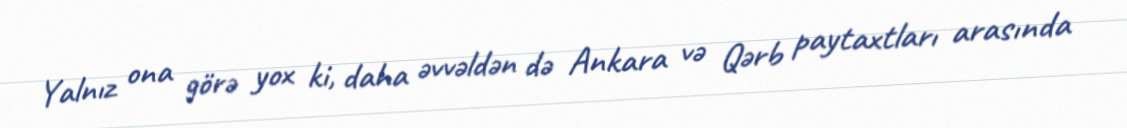
Yalnız ona görə yox ki, daha əvvəldən də Ankara və Qərb paytaxtları arasında